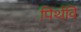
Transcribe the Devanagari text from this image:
पिर्थवि